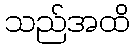
သည်အထိ